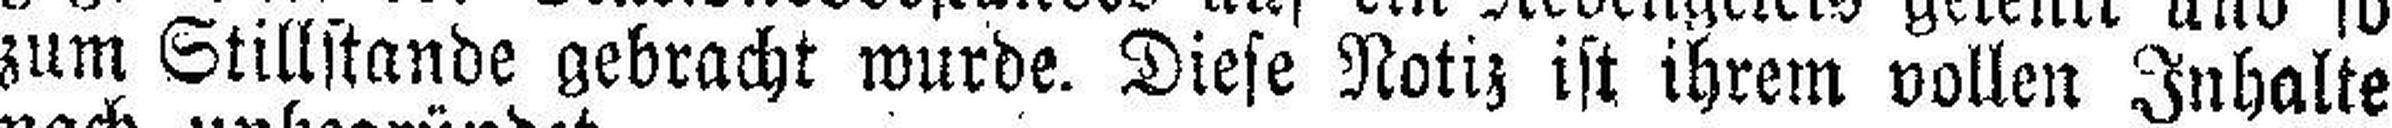
zum Stillstande gebracht wurde. Diese Notiz ist ihrem vollen Inhalte